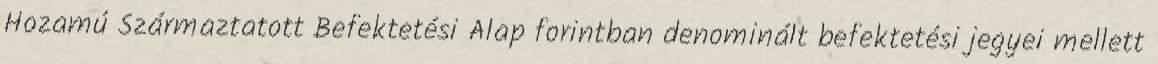
Hozamú Származtatott Befektetési Alap forintban denominált befektetési jegyei mellett